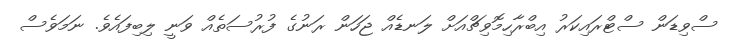
ސްވިޑަން ސްޓްރައިކަރު އިބްރާހިމޮވިޗްއަށް ލަނޑެއް ޖަހަން ރަނުގެ ފުރުސަތެއް ވަނީ ލިބިފައެވެ. ނަމަވެސް